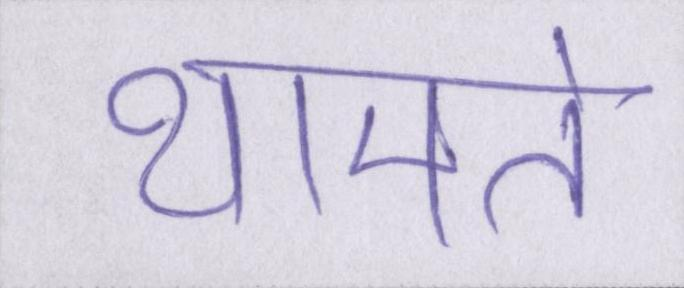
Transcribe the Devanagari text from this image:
थामते